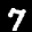
Label: 7